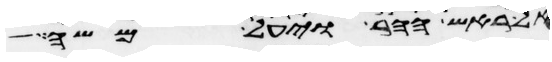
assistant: אל ראש ההר ויעל משה